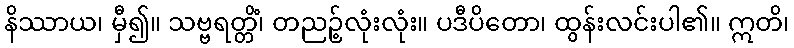
နိဿာယ၊ မှီ၍။ သဗ္ဗရတ္တိံ၊ တညဉ့်လုံးလုံး။ ပဒီပိတော၊ ထွန်းလင်းပါ၏။ ဣတိ၊